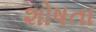
શોષતા